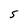
Character: S